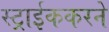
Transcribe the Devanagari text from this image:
स्ट्राईककरने